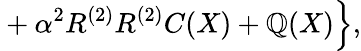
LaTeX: {}+\alpha^{2}R^{(2)}R^{(2)}C(X)+\mathbb{Q}(X)\Bigr\} ,